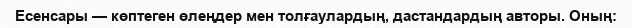
Есенсары — көптеген өлеңдер мен толғаулардың, дастандардың авторы. Оның: